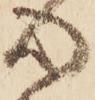
心